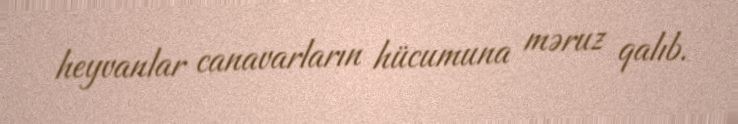
heyvanlar canavarların hücumuna məruz qalıb.